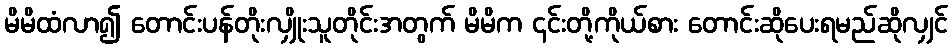
မိမိထံလာ၍ တောင်းပန်တိုးလျှိုးသူတိုင်းအတွက် မိမိက ၎င်းတို့ကိုယ်စား တောင်းဆိုပေးရမည်ဆိုလျှင်